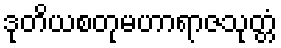
ဒုတိယစတုမဟာရာဇသုတ္တံ